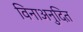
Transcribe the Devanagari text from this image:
विनाअनुदित